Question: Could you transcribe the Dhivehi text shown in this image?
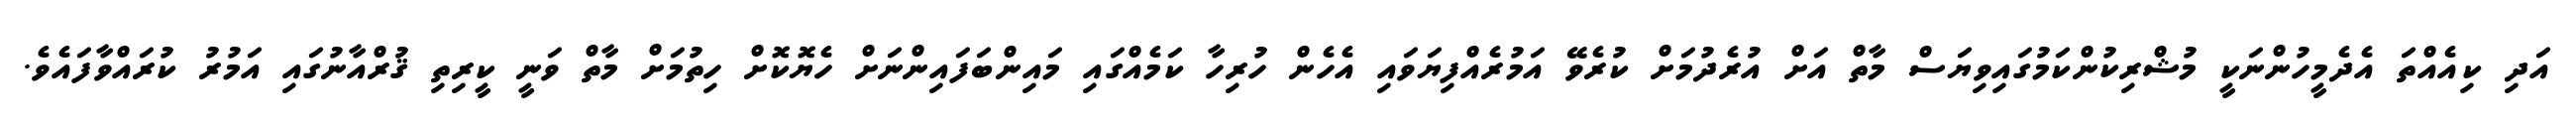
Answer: އަދި ކިއެއްތަ އެދެމީހުންނަކީ މުޝްރިކުންކަމުގައިވިޔަސް މާތް އަށް އުރެދުމަށް ކުރެވޭ އަމުރެއްފިޔަވައި އެހެން ހުރިހާ ކަމެއްގައި މައިންބަފައިންނަށް ހެޔޮކޮށް ހިތުމަށް މާތް ވަނީ ކީރިތި ޤުރްއާނުގައި އަމުރު ކުރައްވާފައެވެ.